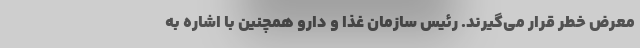
معرض خطر قرار می‌گیرند. رئیس سازمان غذا و دارو همچنین با اشاره به